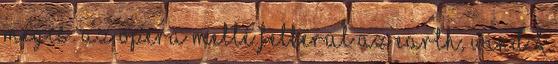
Mégis: az opera mellé felkerül az Earth, Wind &